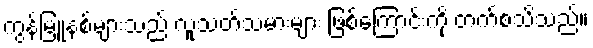
ကွန်မြူနစ်များသည် လူသတ်သမားများ ဖြစ်ကြောင်းကို တက်စသိသည်။